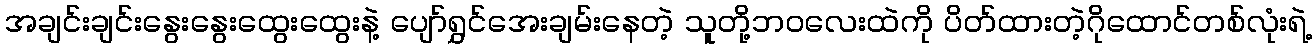
အချင်းချင်းနွေးနွေးထွေးထွေးနဲ့ ပျော်ရွှင်အေးချမ်းနေတဲ့ သူတို့ဘဝလေးထဲကို ပိတ်ထားတဲ့ဂိုထောင်တစ်လုံးရဲ့